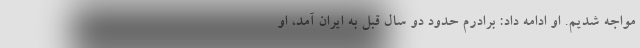
مواجه شدیم. او ادامه داد: برادرم حدود دو سال قبل به ایران آمد، او